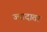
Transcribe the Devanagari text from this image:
ज्‍़यादातर